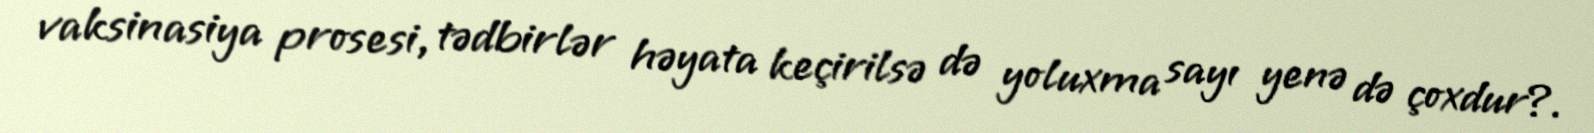
vaksinasiya prosesi, tədbirlər həyata keçirilsə də yoluxma sayı yenə də çoxdur?.